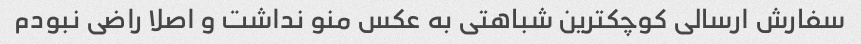
سفارش ارسالی کوچکترین شباهتی به عکس منو نداشت و اصلا راضی نبودم